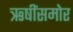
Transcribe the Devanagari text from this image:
ऋषींसमोर